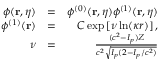
\begin{array} { r l r } { \phi ( \mathbf { r } , \eta ) } & { = } & { \phi ^ { ( 0 ) } ( \mathbf { r } , \eta ) \phi ^ { ( 1 ) } ( \mathbf { r } , \eta ) } \\ { \phi ^ { ( 1 ) } ( \mathbf { r } ) } & { = } & { { \cal C } \exp \left[ \nu \ln ( \kappa r ) \right] , } \\ { \nu } & { = } & { \frac { ( c ^ { 2 } - I _ { p } ) Z } { c ^ { 2 } \sqrt { I _ { p } ( 2 - I _ { p } / c ^ { 2 } ) } } } \end{array}